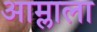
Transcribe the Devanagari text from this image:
आम्लाला